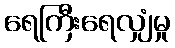
ရေကြီးရေလျှံမှု